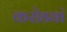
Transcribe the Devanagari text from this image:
करोडवां